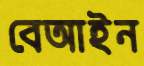
বেআইন